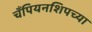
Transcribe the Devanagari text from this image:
चँपियनशिपच्या